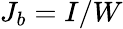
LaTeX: J_{b}=I/W